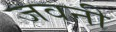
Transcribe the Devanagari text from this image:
जवनी